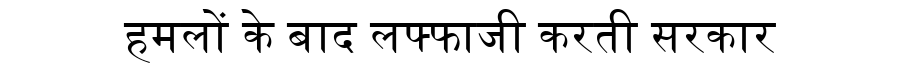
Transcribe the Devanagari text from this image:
हमलों के बाद लफ्फाजी करती सरकार